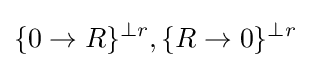
\{0\to R\}^{\perp r},\{R\to 0\}^{\perp r}